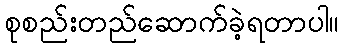
စုစည်းတည်ဆောက်ခဲ့ရတာပါ။